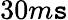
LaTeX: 30m\mathtt{s}